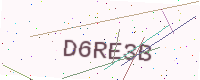
Text: D6RE3B